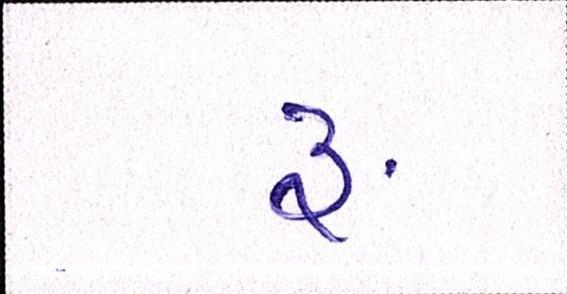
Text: ૱